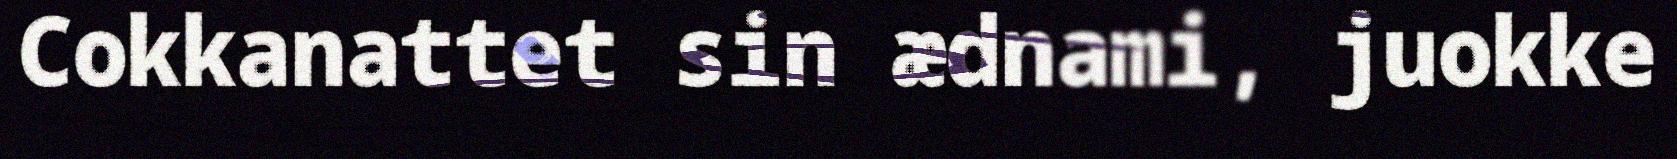
Cokkanattet sin ædnami, juokke